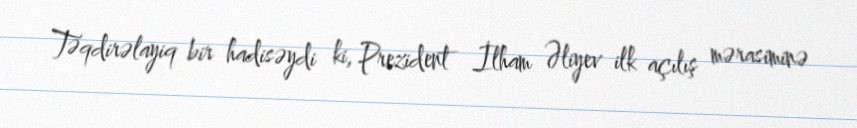
Təqdirəlayiq bir hadisəydi ki, Prezident İlham Əliyev ilk açılış mərasiminə